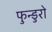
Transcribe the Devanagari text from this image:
फुन्डुरो